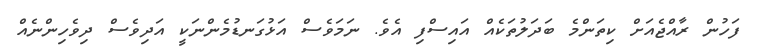
ފަހުން ރާއްޖެއަށް ކިތަންމެ ބަދަލުތަކެއް އައިސްފި އެވެ. ނަމަވެސް އަޅުގަނޑުމެންނަކީ އަދިވެސް ދިވެހިންނެއް